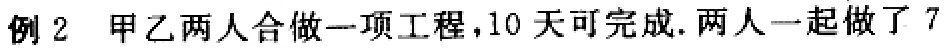
例2 甲乙两人合做一项工程，10天可完成.两人一起做了7